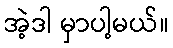
အဲ့ဒါ မှာပါ့မယ်။